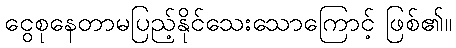
ငွေစုနေတာမပြည့်နိုင်သေးသောကြောင့် ဖြစ်၏။